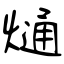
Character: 熥